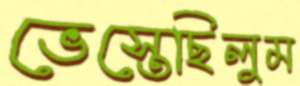
ভেস্তেছিলুম